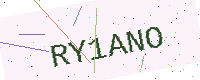
Text: RY1ANO